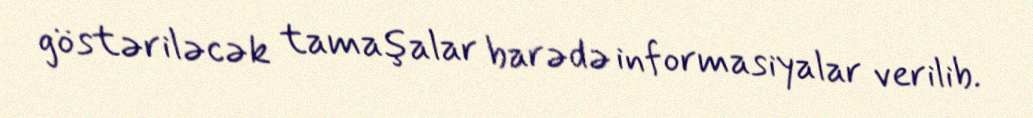
göstəriləcək tamaşalar barədə informasiyalar verilib.